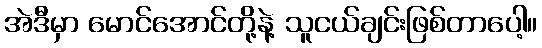
အဲဒီမှာ မောင်အောင်တို့နဲ့ သူငယ်ချင်းဖြစ်တာပေါ့။